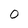
Character: 0